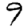
Digit: 9